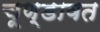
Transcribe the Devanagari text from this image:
चूण्डावत